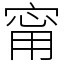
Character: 甯